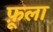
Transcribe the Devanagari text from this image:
फ़ूला